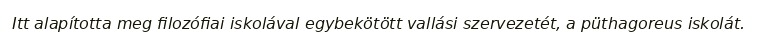
Itt alapította meg filozófiai iskolával egybekötött vallási szervezetét, a püthagoreus iskolát.